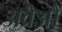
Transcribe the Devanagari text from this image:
अव्रेऔ